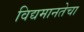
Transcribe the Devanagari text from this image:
विद्यमानतेचा